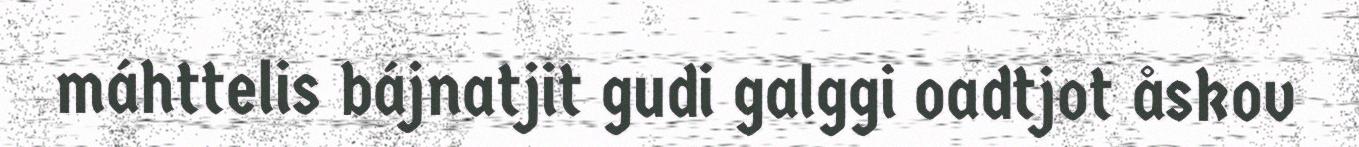
máhttelis bájnatjit gudi galggi oadtjot åskov